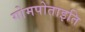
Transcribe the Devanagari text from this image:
गोमपोताइति